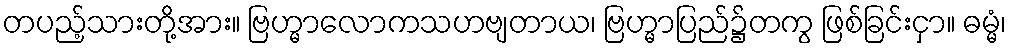
တပည့်သားတို့အား။ ဗြဟ္မာလောကသဟဗျတာယ၊ ဗြဟ္မာပြည်၌တကွ ဖြစ်ခြင်းငှာ။ ဓမ္မံ၊